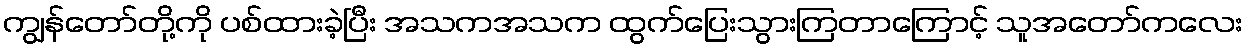
ကျွန်တော်တို့ကို ပစ်ထားခဲ့ပြီး အသကအသက ထွက်ပြေးသွားကြတာကြောင့် သူအတော်ကလေး